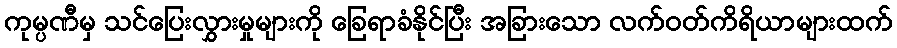
ကုမ္ပဏီမှ သင်ပြေးလွှားမှုများကို ခြေရာခံနိုင်ပြီး အခြားသော လက်ဝတ်ကိရိယာများထက်